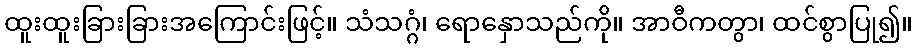
ထူးထူးခြားခြားအကြောင်းဖြင့်။ သံသဂ္ဂံ၊ ရောနှောသည်ကို။ အာဝီကတွာ၊ ထင်စွာပြု၍။